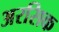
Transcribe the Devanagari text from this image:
अरसिक